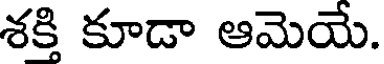
శక్తి కూడా ఆమెయే.